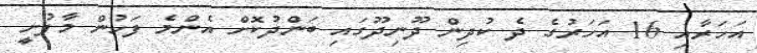
އަހަރާއި 16 އަހަރުގެ ދެ ކުދިން ދޫނިދޫގައި ބަންދުކޮށް އެންމެ ފަހުން މާފުށީ